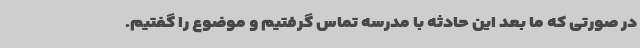
در صورتی که ما بعد این حادثه با مدرسه تماس گرفتیم و موضوع را گفتیم.